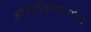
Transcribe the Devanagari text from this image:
ऑस्ट्रेलियामार्फत